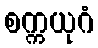
စက္ကယုဂံ